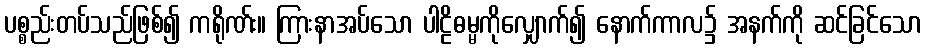
ပစ္စည်းတပ်သည်ဖြစ်၍ ကရိုဏ်း။ ကြားနာအပ်သော ပါဠိဓမ္မကိုလျှောက်၍ နောက်ကာလ၌ အနက်ကို ဆင်ခြင်သော